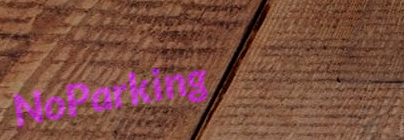
NoParking